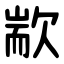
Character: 歂